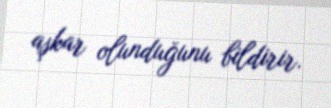
aşkar olunduğunu bildirir.